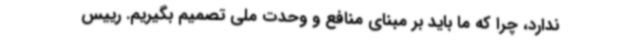
ندارد، چرا که ما باید بر مبنای منافع و وحدت ملی تصمیم بگیریم. رییس